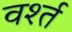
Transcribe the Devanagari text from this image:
वर्श्त